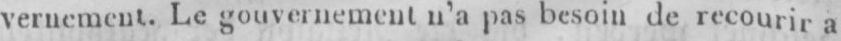
vernement. Le gouvernement n’a pas besoin de recourir a